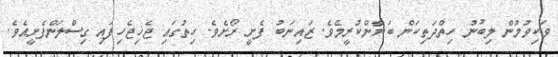
ވަކިވުމުން ލިބުނު ހިތްދަތިކަން ބަޔާންކުރީމެވެ. ޒައިނަބު ފެށީ ރޯށެވެ. ހިތުގައި ޖެހިޖެހިފައި ގިސްލަންފެށީއެވެ.